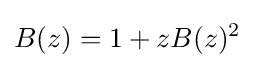
B(z)=1+zB(z)^{2}